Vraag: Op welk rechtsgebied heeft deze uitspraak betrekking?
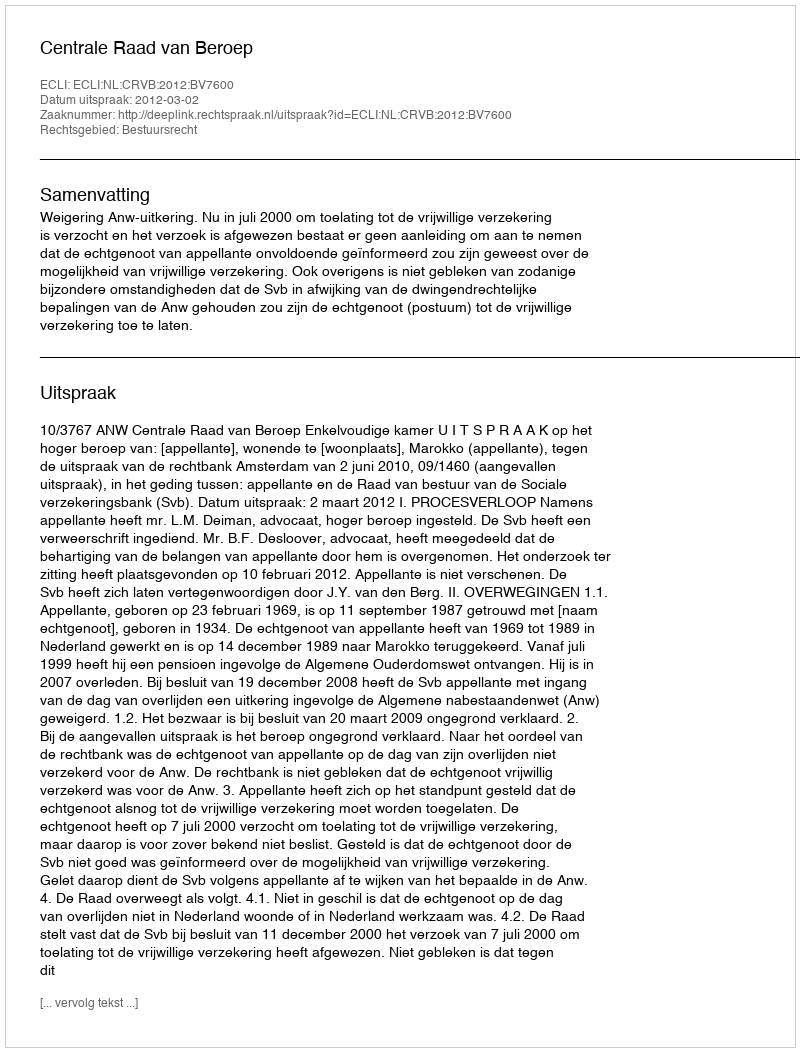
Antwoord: Bestuursrecht